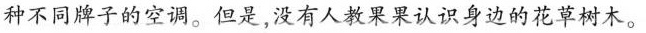
种不同牌子的空调。但是，没有人教果果认识身边的花草树木。